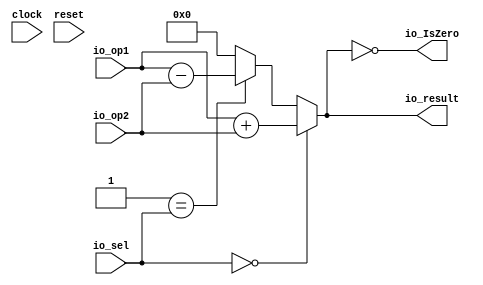
module ALU(
  input         clock,
  input         reset,
  input  [31:0] io_op1,
  input  [31:0] io_op2,
  input  [1:0]  io_sel,
  output [31:0] io_result,
  output        io_IsZero
);
  wire  _T = 2'h0 == io_sel; // @[Conditional.scala 37:30]
  wire [31:0] _T_2 = io_op1 + io_op2; // @[ALU.scala 17:34]
  wire  _T_3 = 2'h1 == io_sel; // @[Conditional.scala 37:30]
  wire [31:0] _T_5 = io_op1 - io_op2; // @[ALU.scala 18:34]
  wire [31:0] _GEN_0 = _T_3 ? _T_5 : 32'h0; // @[Conditional.scala 39:67]
  assign io_result = _T ? _T_2 : _GEN_0; // @[ALU.scala 14:13 ALU.scala 17:24 ALU.scala 18:24]
  assign io_IsZero = 32'h0 == io_result; // @[ALU.scala 21:13 ALU.scala 24:24]
endmodule